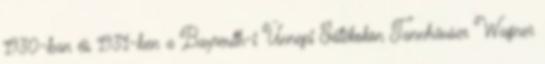
1930-ban és 1931-ben a Bayreuth-i Ünnepi Játékokon Tannhäuser Wagner